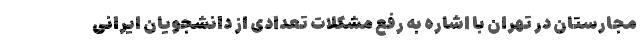
مجارستان در تهران با اشاره به رفع مشکلات تعدادی از دانشجویان ایرانی